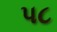
પ૮